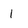
Character: I